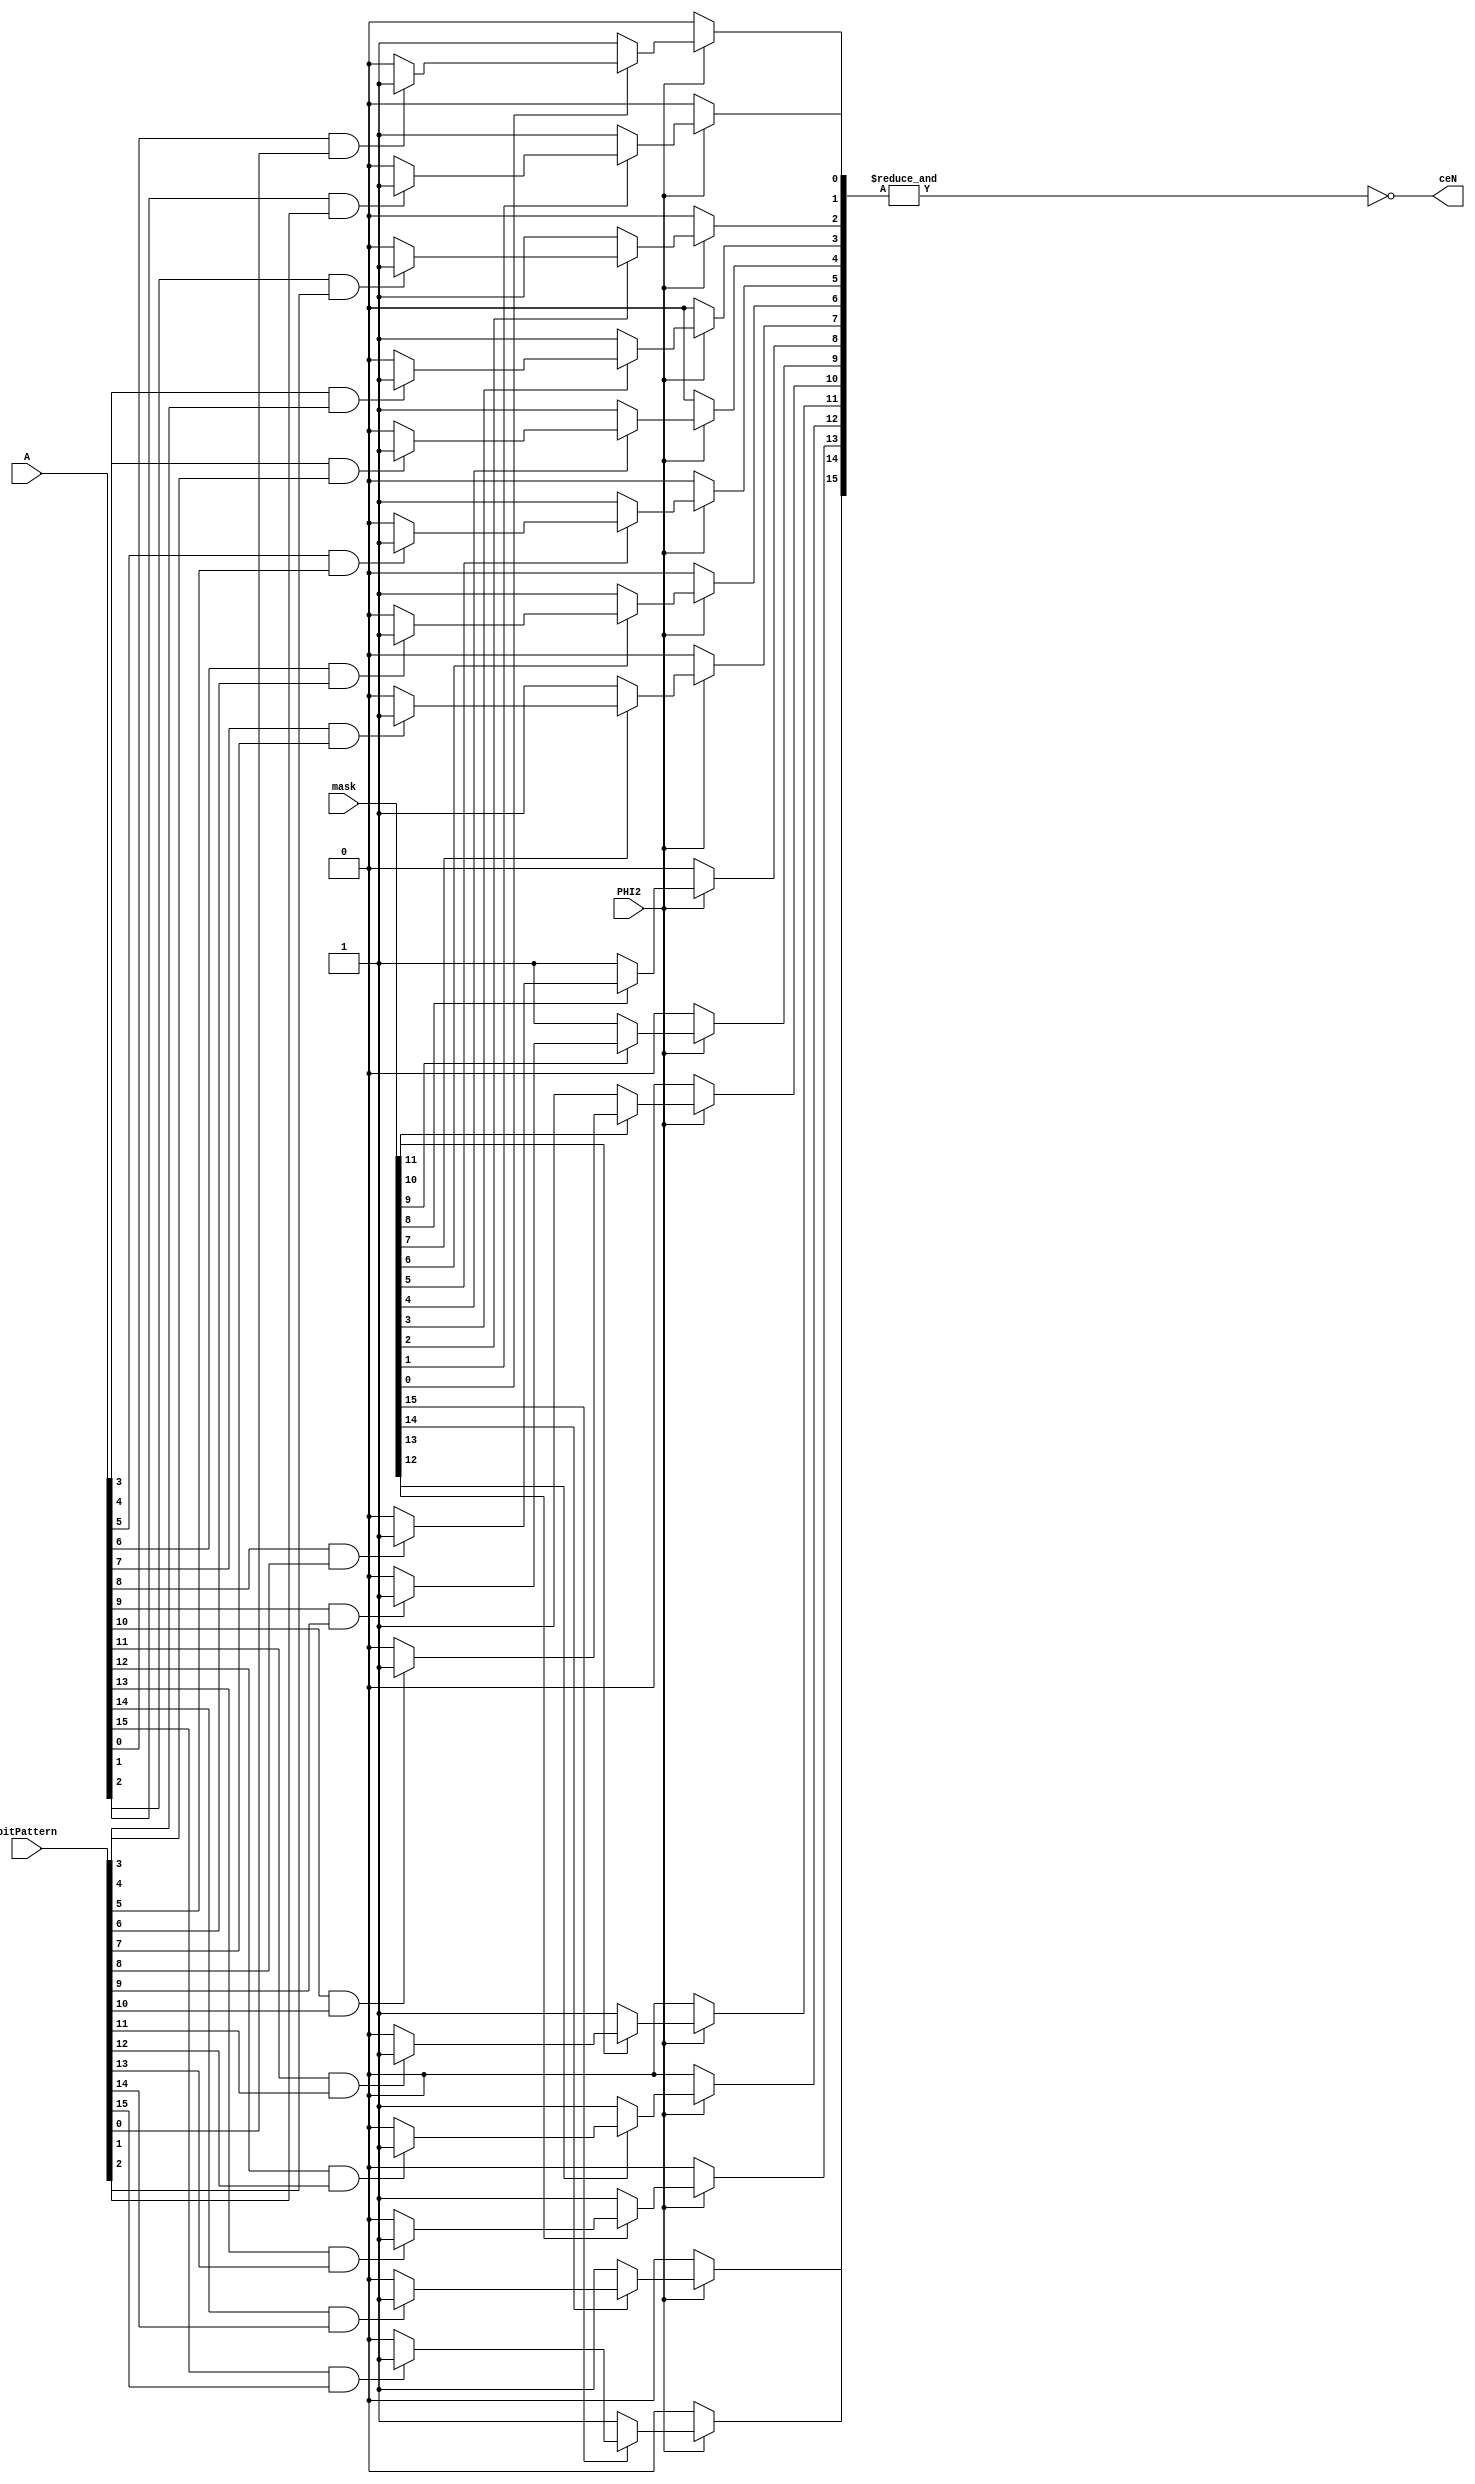
module chip_select(
    input PHI2,
    input[15:0] A, //Input Address
    input[15:0] mask, //Sets which bits of the below bitPattern are significant
    input[15:0] bitPattern, //Actual pattern to be matched with the address
    output ceN
    );
    
    reg[15:0] match;
    integer i;
    always@(*) begin
        match = 16'h0000;
        if(PHI2) begin //Only compare and assert chip-select on PHI2
            for(i = 0; i<16; i = i+1) begin
                if(~mask[i]) match[i] = 1;
                else if(A[i] & bitPattern[i]) match[i] = 1;
            end
        end
    end
    
    assign ceN = ~&match;

endmodule